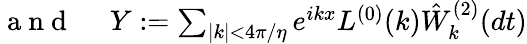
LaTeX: \begin{array}{rl}{\mathrm{~a~n~d~}\; }&{{}Y:=\sum_{|k|<4\pi/\eta}e^{ikx}L^{(0)}(k)\hat{W}_{k}^{(2)}(dt)}\end{array}